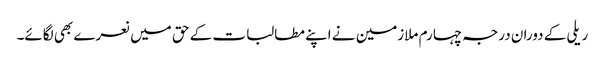
ریلی کے دوران درجہ چہارم ملازمین نے اپنے مطالبات کے حق میں نعرے بھی لگائے۔